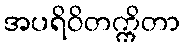
အပရိဝိတက္ကိတာ